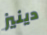
دينيز